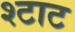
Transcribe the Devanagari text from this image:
श्टाट